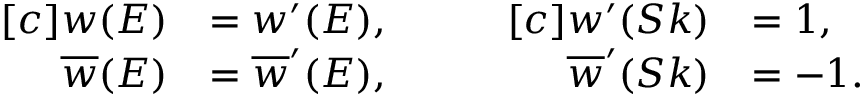
\begin{array} { r l } { [ c ] w ( E ) } & { = w ^ { \prime } ( E ) , } \\ { \ensuremath { \overline { { w } } } ( E ) } & { = \ensuremath { \overline { { w } } } ^ { \prime } ( E ) , } \end{array} \qquad \begin{array} { r l } { [ c ] w ^ { \prime } ( S k ) } & { = 1 , } \\ { \ensuremath { \overline { { w } } } ^ { \prime } ( S k ) } & { = - 1 . } \end{array}